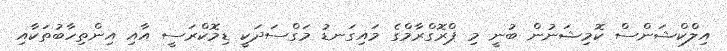
އިލްކްޝަންސް ކޮމިޝަނުން ބުނީ މި ޕްރޮގްރާމްގެ މައިގަނޑު މަގްސަދަކީ ޑިމޮކްރަސީ އާއި އިންތިހާބުތަކާއި